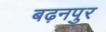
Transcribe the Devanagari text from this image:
बढ़नपुर